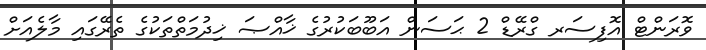
ވޮރަންޓް އޮފިސަރ ގްރޭޑް 2 ޙަސަން އަބޫބަކުރުގެ ޚާއްޞަ ޚިދުމަތްތަކުގެ ތެރޭގައި މާލެއަށް